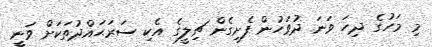
މި މަހުގެ ދިހަ ވަނަ ދުވަހުން ފެށިގެން ޗިލީގެ އެކި ސަރަޙައްދުތަކަށް ވަނީ